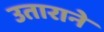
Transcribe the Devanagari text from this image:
उताराने